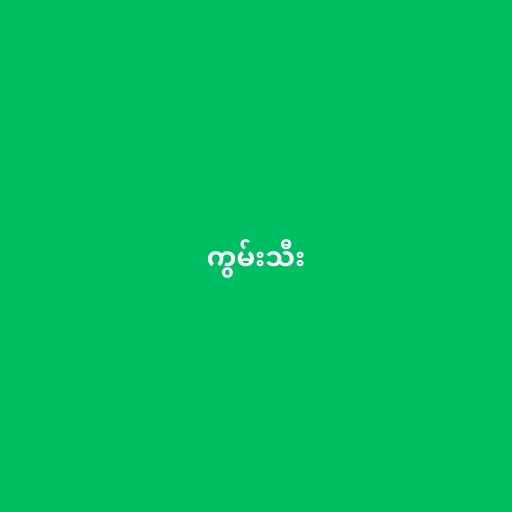
ကွမ်းသီး